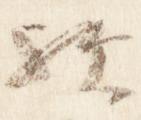
歟